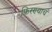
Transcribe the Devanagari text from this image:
फिरण्याचं